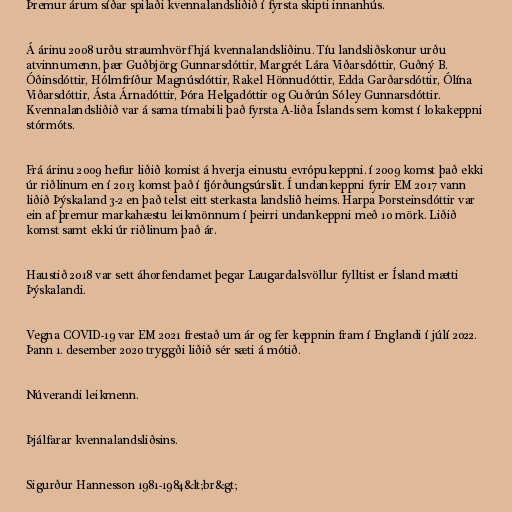
Þremur árum síðar spilaði kvennalandsliðið í fyrsta skipti innanhús.

Á árinu 2008 urðu straumhvörf hjá kvennalandsliðinu. Tíu landsliðskonur urðu
atvinnumenn, þær Guðbjörg Gunnarsdóttir, Margrét Lára Viðarsdóttir, Guðný B.
Óðinsdóttir, Hólmfríður Magnúsdóttir, Rakel Hönnudóttir, Edda Garðarsdóttir, Ólína
Viðarsdóttir, Ásta Árnadóttir, Þóra Helgadóttir og Guðrún Sóley Gunnarsdóttir.
Kvennalandsliðið var á sama tímabili það fyrsta A-liða Íslands sem komst í lokakeppni
stórmóts.

Frá árinu 2009 hefur liðið komist á hverja einustu evrópukeppni. í 2009 komst það ekki
úr riðlinum en í 2013 komst það í fjórðungsúrslit. Í undankeppni fyrir EM 2017 vann
liðið Þýskaland 3-2 en það telst eitt sterkasta landslið heims. Harpa Þorsteinsdóttir var
ein af þremur markahæstu leikmönnum í þeirri undankeppni með 10 mörk. Liðið
komst samt ekki úr riðlinum það ár.

Haustið 2018 var sett áhorfendamet þegar Laugardalsvöllur fylltist er Ísland mætti
Þýskalandi.

Vegna COVID-19 var EM 2021 frestað um ár og fer keppnin fram í Englandi í júlí 2022.
Þann 1. desember 2020 tryggði liðið sér sæti á mótið.

Núverandi leikmenn.

Þjálfarar kvennalandsliðsins.

Sigurður Hannesson 1981-1984&lt;br&gt;